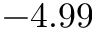
- 4 . 9 9